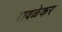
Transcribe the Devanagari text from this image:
रावळेकर